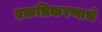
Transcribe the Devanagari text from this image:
एकत्रिकरणाचे